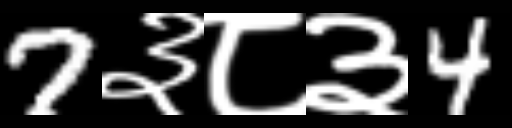
Text: 7३८३4